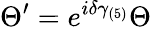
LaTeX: \Theta^{\prime}=e^{i\delta\gamma_{(5)}}\Theta